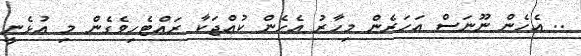
.. އެހެން ނޫނަސް އަހަރެން މިހާރު އެހެން ކުއްޖަކާ ރައްޓެހިވެގެން މި އުޅެނީ